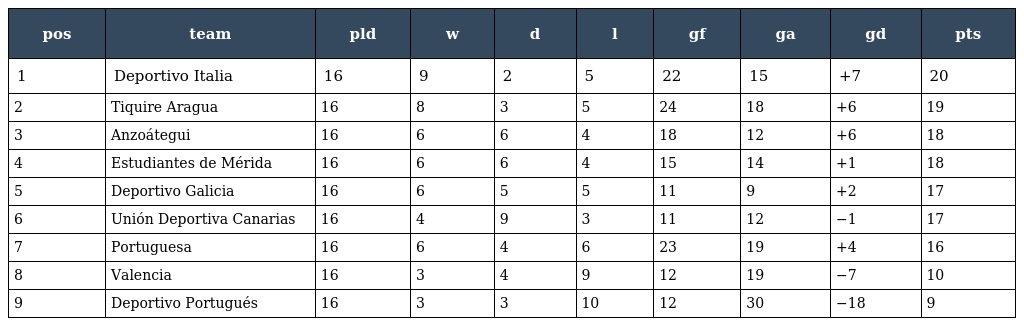
| pos | team | pld | w | d | l | gf | ga | gd | pts |
 | --- | --- | --- | --- | --- | --- | --- | --- | --- | --- |
 | 1 | Deportivo Italia | 16 | 9 | 2 | 5 | 22 | 15 | +7 | 20 |
 | 2 | Tiquire Aragua | 16 | 8 | 3 | 5 | 24 | 18 | +6 | 19 |
 | 3 | Anzoátegui | 16 | 6 | 6 | 4 | 18 | 12 | +6 | 18 |
 | 4 | Estudiantes de Mérida | 16 | 6 | 6 | 4 | 15 | 14 | +1 | 18 |
 | 5 | Deportivo Galicia | 16 | 6 | 5 | 5 | 11 | 9 | +2 | 17 |
 | 6 | Unión Deportiva Canarias | 16 | 4 | 9 | 3 | 11 | 12 | −1 | 17 |
 | 7 | Portuguesa | 16 | 6 | 4 | 6 | 23 | 19 | +4 | 16 |
 | 8 | Valencia | 16 | 3 | 4 | 9 | 12 | 19 | −7 | 10 |
 | 9 | Deportivo Portugués | 16 | 3 | 3 | 10 | 12 | 30 | −18 | 9 |